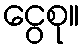
ငွေစု။